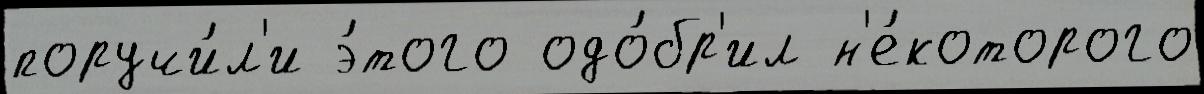
поручи́л'и э́того одо́бр'ил н'е́которого